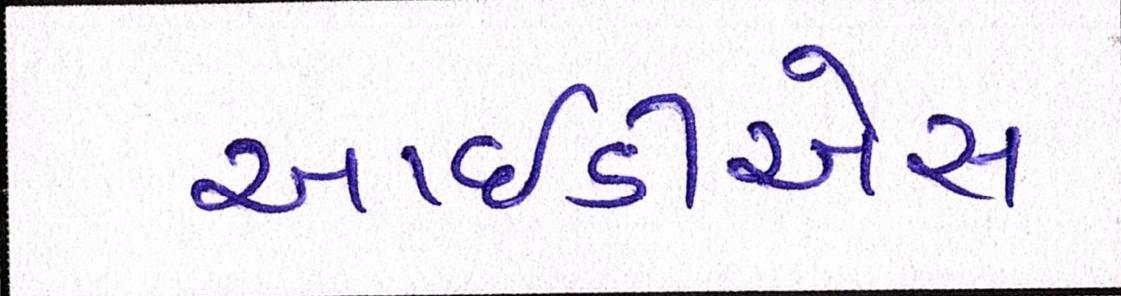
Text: આઇડીએસ